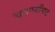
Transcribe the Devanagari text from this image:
चनण्याँघट